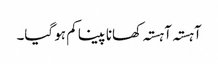
آہستہ آہستہ کھانا پینا کم ہو گیا۔